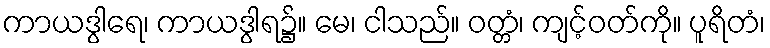
ကာယဒွါရေ၊ ကာယဒွါရ၌။ မေ၊ ငါသည်။ ဝတ္တံ၊ ကျင့်ဝတ်ကို။ ပူရိတံ၊